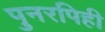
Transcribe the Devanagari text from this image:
पुनरपिही